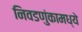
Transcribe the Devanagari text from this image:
निवडणुंकामध्ये